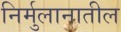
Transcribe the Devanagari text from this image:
निर्मुलानातील